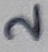
Text: 2